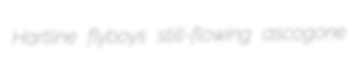
Hartline flyboys still-flowing ascogone